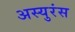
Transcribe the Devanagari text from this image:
अस्युरंस